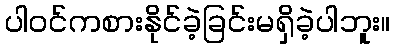
ပါဝင်ကစားနိုင်ခဲ့ခြင်းမရှိခဲ့ပါဘူး။